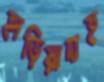
হাড়িয়াদাহ